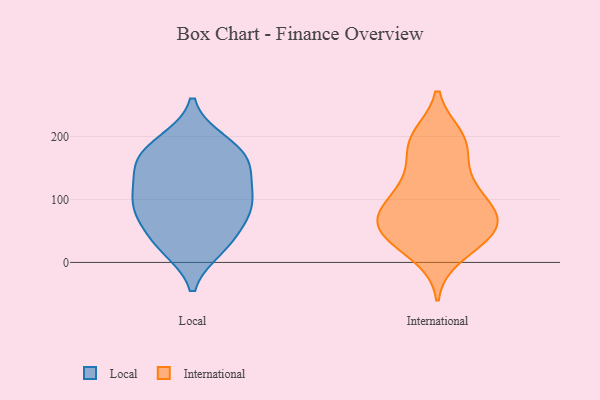
{"axis": {"x": "Satisfaction Score", "y": "Value"}, "legend": ["International", "Local"], "data": [{"x": "", "y": 178, "type": "Local"}, {"x": "", "y": 94, "type": "Local"}, {"x": "", "y": 31, "type": "Local"}, {"x": "", "y": 123, "type": "Local"}, {"x": "", "y": 69, "type": "Local"}, {"x": "", "y": 96, "type": "Local"}, {"x": "", "y": 85, "type": "Local"}, {"x": "", "y": 90, "type": "Local"}, {"x": "", "y": 159, "type": "Local"}, {"x": "", "y": 147, "type": "Local"}, {"x": "", "y": 148, "type": "Local"}, {"x": "", "y": 191, "type": "Local"}, {"x": "", "y": 32, "type": "Local"}, {"x": "", "y": 180, "type": "Local"}, {"x": "", "y": 24, "type": "Local"}, {"x": "", "y": 61, "type": "International"}, {"x": "", "y": 43, "type": "International"}, {"x": "", "y": 190, "type": "International"}, {"x": "", "y": 62, "type": "International"}, {"x": "", "y": 86, "type": "International"}, {"x": "", "y": 200, "type": "International"}, {"x": "", "y": 82, "type": "International"}, {"x": "", "y": 131, "type": "International"}, {"x": "", "y": 42, "type": "International"}, {"x": "", "y": 43, "type": "International"}, {"x": "", "y": 196, "type": "International"}, {"x": "", "y": 148, "type": "International"}, {"x": "", "y": 66, "type": "International"}, {"x": "", "y": 11, "type": "International"}, {"x": "", "y": 81, "type": "International"}, {"x": "", "y": 99, "type": "International"}, {"x": "", "y": 118, "type": "International"}, {"x": "", "y": 189, "type": "International"}, {"x": "", "y": 31, "type": "International"}]}